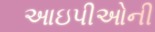
આઇપીઓની